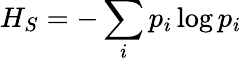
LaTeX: H_{S}=-\sum_{i}p_{i}\log p_{i}